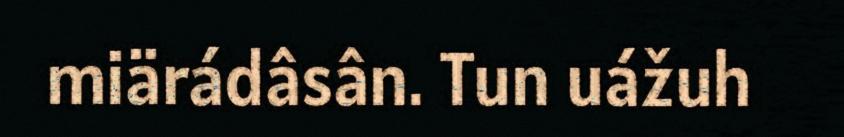
miärádâsân. Tun uážuh